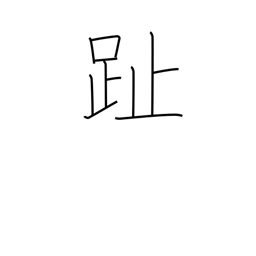
Meaning: footprint